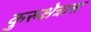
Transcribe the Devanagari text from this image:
कुरुक्षेत्रास